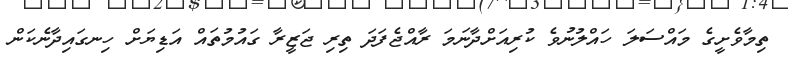
ތިމާވެށީގެ މައްސަލަ ހައްލުނުވެ ކުރިއަށްދާނަމަ ރާއްޖެފަދަ ތިރި ޖަޒީރާ ގައުމުތައް އަޑިޔަށް ހިނގައިދާނެކަން